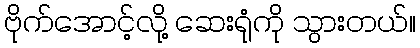
ဗိုက်အောင့်လို့ ဆေးရုံကို သွားတယ်။